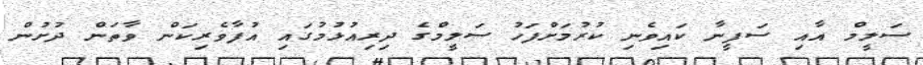
ސަލީމް އާއި ސަފީނާ ކައިވެނި ކުރުމަށްފަހު ސަލީމްގެ ދިރިއުޅުމުގައި އުފާވެރިކަން ވާތަން ދުށުން